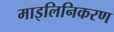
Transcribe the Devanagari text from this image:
माइलिनिकरण